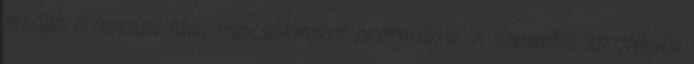
inkább a hosszú távú kapcsolatokat preferálják. A szexuális stratégiák